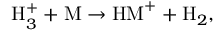
\begin{array} { r } { { \mathrm { H } } _ { 3 } ^ { + } + \mathrm { M } \rightarrow { \mathrm { H M } } ^ { + } + \mathrm { H } _ { 2 } , } \end{array}